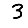
Digit: 3